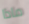
ماذا